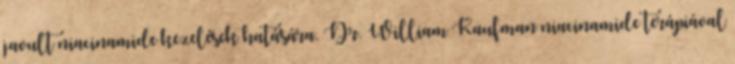
javult niacinamide kezelések hatására. Dr. William Kaufman niacinamide terápiával